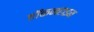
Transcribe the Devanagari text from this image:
हॉकनहाइम